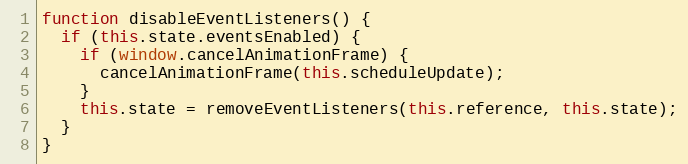
Language: JavaScript
function disableEventListeners() {
  if (this.state.eventsEnabled) {
    if (window.cancelAnimationFrame) {
      cancelAnimationFrame(this.scheduleUpdate);
    }
    this.state = removeEventListeners(this.reference, this.state);
  }
}